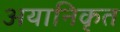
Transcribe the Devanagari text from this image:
अयानिकृत